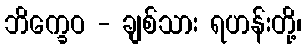
ဘိက္ခေဝ - ချစ်သား ရဟန်းတို့၊